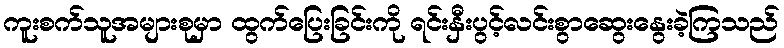
ကူးစက်သူအများစုမှာ ထွက်ပြေးခြင်းကို ရင်းနှီးပွင့်လင်းစွာဆွေးနွေးခဲ့ကြသည်